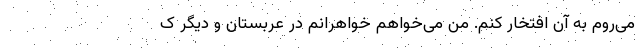
می‌روم به آن افتخار کنم. من می‌خواهم خواهرانم در عربستان و دیگر ک